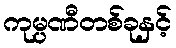
ကုမ္ပဏီတစ်ခုနှင့်